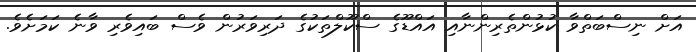
އަށް ނިސްބަތްވާ ކުޅުންތެރިންނާއި އައްޑޫގެ ސްކޫލްތަކުގެ ދަރިވަރުން ވެސް ބައިވެރި ވާނެ ކަމަށެވެ.